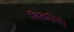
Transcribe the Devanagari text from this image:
खिलाड़ियों।